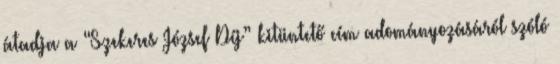
átadja a “Szekeres József Díj” kitüntető cím adományozásáról szóló